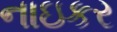
નાઇકર